Vaccine operations Central Provinces 1900-1911 - 1900-1911
Year: 1900
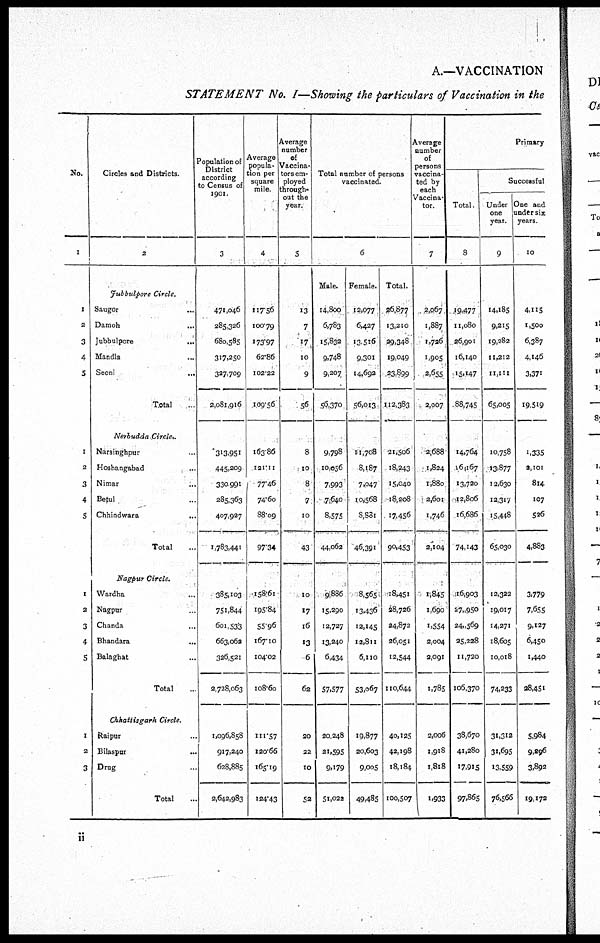
A.—VACCINATION
STATEMENT No. I—Showing the particulars of Vaccination in the
No.
1
1
2
3
4
5
1
2
3
4
5
1
2
3
4
5
1
2
3
Circles and Districts
2
Jubbulpore Circle.
S a u g o r . . .
D a m o h . . .
Jubbulpore...
Mandla...
S e o n i . . .
Total...
Nerbudda Circle..
Narsinghpur.
Hoshangabad...
N i m a r . . .
Betul...
Chhindwara...
Total...
Nagpur Circle.
Wardha...
Nagpur...
Chanda...
Bhandara...
Balaghat...
Total...
Chhattisgarh Circle.
Raipur...
Bilaspur...
Drug...
Total...
Population of
District
according
to Census of
1901.
3
471,046
285,326
680,585
317,250
327,709
2,081,916
313,951
445,209
330,991
285,363
407,927
1,783,441
385,103
751,844
601,533
663,062
326,521
2,728,063
1,096,858
917,240
628,885
2,642,983
Average
popula-
tion per
square
mile.
4
117.56
100.79
173.97
62.86
102.22
109.56
163.86
121.11
77.46
74.60
88.09
97.34
158.61
195.84
55.96
167.10
104.02
108.60
111.57
120.66
165.19
124.43
Average
number
of
Vaccina-
tors em-
ployed
through¬
out the
year.
5
13
7
17
10
9
56
8
10
8
7
10
43
10
17
16
13
6
62
20
22
10
52
Total number of persons
vaccinated.
6
Male.
14,800
6,783
15,832
9,748
9,207
56,370
9,798
10,056
7,993
7,640
8,575
44,062
9,886
15,290
12,727
13,240
6,434
57,577
20,248
21,595
9,179
51,022
Female.
12,077
6,427
13,516
9,301
14,692
56,013
11,708
8,187
7,047
10,568
8,881
46,391
8,565
13,436
12,145
12,811
6,110
53,067
19,877
20,603
9,005
49,485
Total.
26,877
13,210
29,348
19,049
23,899
112,383
21,506
18,243
15,040
18,208
17,456
90,453
18,451
28,726
24,872
26,051
12,544
110,644
40,125
42,198
18,184
100,507
Average
number
of
persons
vaccina-
ted by
each
Vaccina-
tor.
7
2,067
1,887
1,726
1,905
2,655
2,007
2,688
1,824
1,880
2,601
1,746
2,104
1,845
1,690
1,554
2,004
2,091
1,785
2,006
1,918
1,818
1,933
Primary
Total.
8
19,477
11,080
26,901
16,140
15,147
88,745
14,764
16,167
13,720
12,806
16,686
74,143
16,903
27,950
24,569
25,228
11,720
106,370
38,670
41,280
17,915
97,865
Successful
Under
one
year.
9
14,185
9,215
19,282
11,212
11,111
65,005
10,758
13,877
12,630
12,317
15,448
65,030
12,322
19,017
14,271
18,605
10,018
74,233
31,312
31,695
13,559
76,566
One and
under six
years.
10
4,115
1,500
6,387
4,146
3,371
19,519
1,335
2,101
814
107
526
4,883
3,779
7,655
9,127
6,450
1,440
28,451
5,984
9,296
3,892
19,172
ii